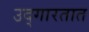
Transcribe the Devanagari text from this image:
उद्‌गारतात